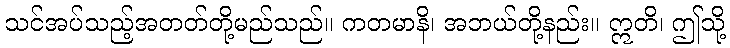
သင်အပ်သည့်အတတ်တို့မည်သည်။ ကတမာနိ၊ အဘယ်တို့နည်း။ ဣတိ၊ ဤသို့